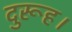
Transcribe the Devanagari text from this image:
दुरूह।